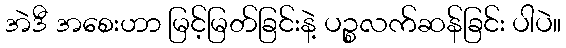
အဲဒီ အစေးဟာ မြင့်မြတ်ခြင်းနဲ့ ပဉ္စလက်ဆန်ခြင်း ပါပဲ။